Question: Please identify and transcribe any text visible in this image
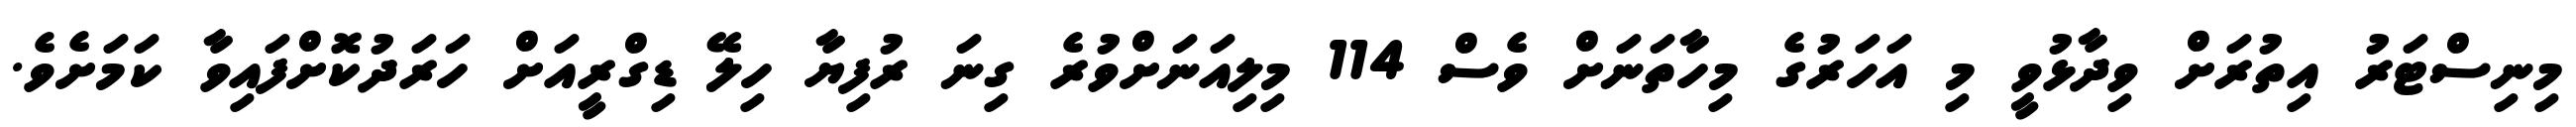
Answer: މިނިސްޓަރު އިތުރަށް ވިދާޅުވީ މި އަހަރުގެ މިހާތަނަށް ވެސް 114 މިލިއަނަށްވުރެ ގިނަ ރުފިޔާ ހިލޭ ޑިގްރީއަށް ހަރަދުކޮށްފައިވާ ކަމަށެވެ.